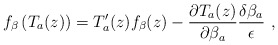
\begin{align*}f_\beta \left( T_a(z)\right) =T'_a(z)f_\beta (z)-\frac{\partial T_a(z)}{\partial \beta _a}\frac{\delta \beta _a}{\epsilon }\ ,\end{align*}